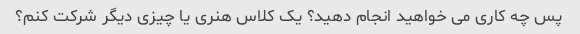
پس چه کاری می خواهید انجام دهید؟ یک کلاس هنری یا چیزی دیگر شرکت کنم؟